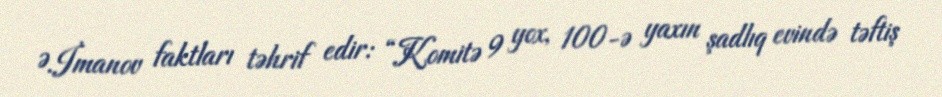
Ə.İmanov faktları təhrif edir: “Komitə 9 yox, 100-ə yaxın şadlıq evində təftiş